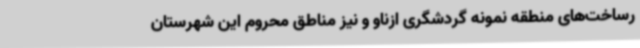
رساخت‌های منطقه نمونه گردشگری ازناو و نیز مناطق محروم این شهرستان